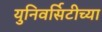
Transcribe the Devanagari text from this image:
युनिवर्सिटीच्या